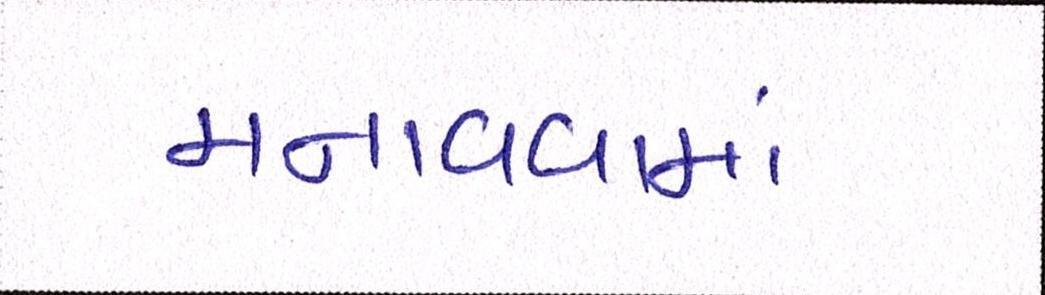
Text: મનાવવામાં